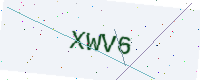
Text: XWV6